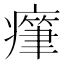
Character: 𤺭